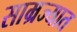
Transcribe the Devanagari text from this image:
साम्रज्यात